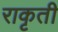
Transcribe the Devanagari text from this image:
राकृती